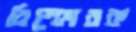
বিস্ফোরক